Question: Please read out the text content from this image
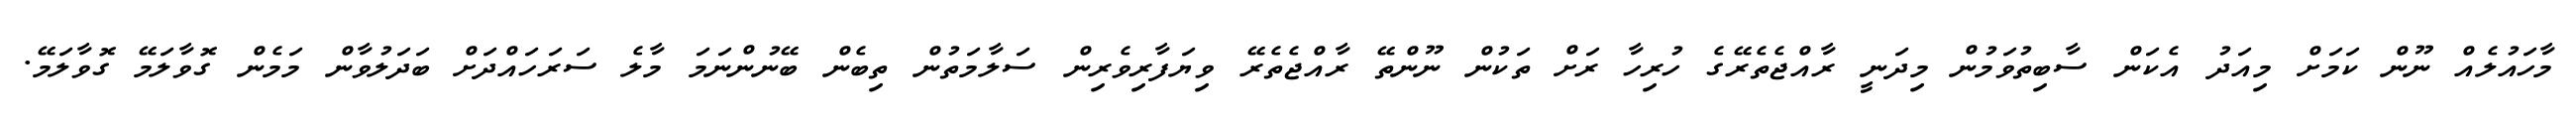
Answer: މާހައުލެއް ނޫން ކަމަށް މިއަދު އެކަން ސާބިތުވަމުން މިދަނީ ރާއްޖެތެރޭގެ ހުރިހާ ރަށް ތަކުން ނޫންތޭ ރާއްޖެތެރޭ ވިޔަފާރިވެރިން ސަލާމަތުން ތިބެން ބޭނުންނަމަ މާލެ ސަރަހައްދަށް ބަދަލުވާން މަމެން ގޮވާލަމޭ ގޮވާލަމޭ.